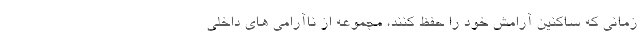
زمانی که ساکنین آرامش خود را حفظ کنند، مجموعه از ناآرامی های داخلی